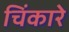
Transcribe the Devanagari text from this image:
चिंकारे